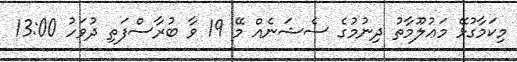
މިކަމާގުޅޭ މަޢުލޫމާތު ދިނުމުގެ ސެޝަނެއް މޭ 19 ވާ ބުރާސްފަތި ދުވަހު 13:00